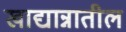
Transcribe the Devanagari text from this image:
खाद्यान्नातील